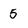
Character: 5